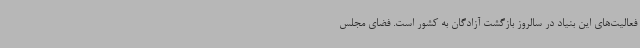
فعالیت‌های این بنیاد در سالروز بازگشت آزادگان به کشور است. فضای مجلس